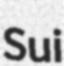
Sui